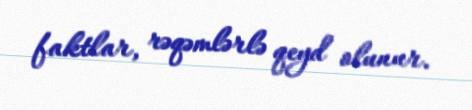
faktlar, rəqəmlərlə qeyd olunur.